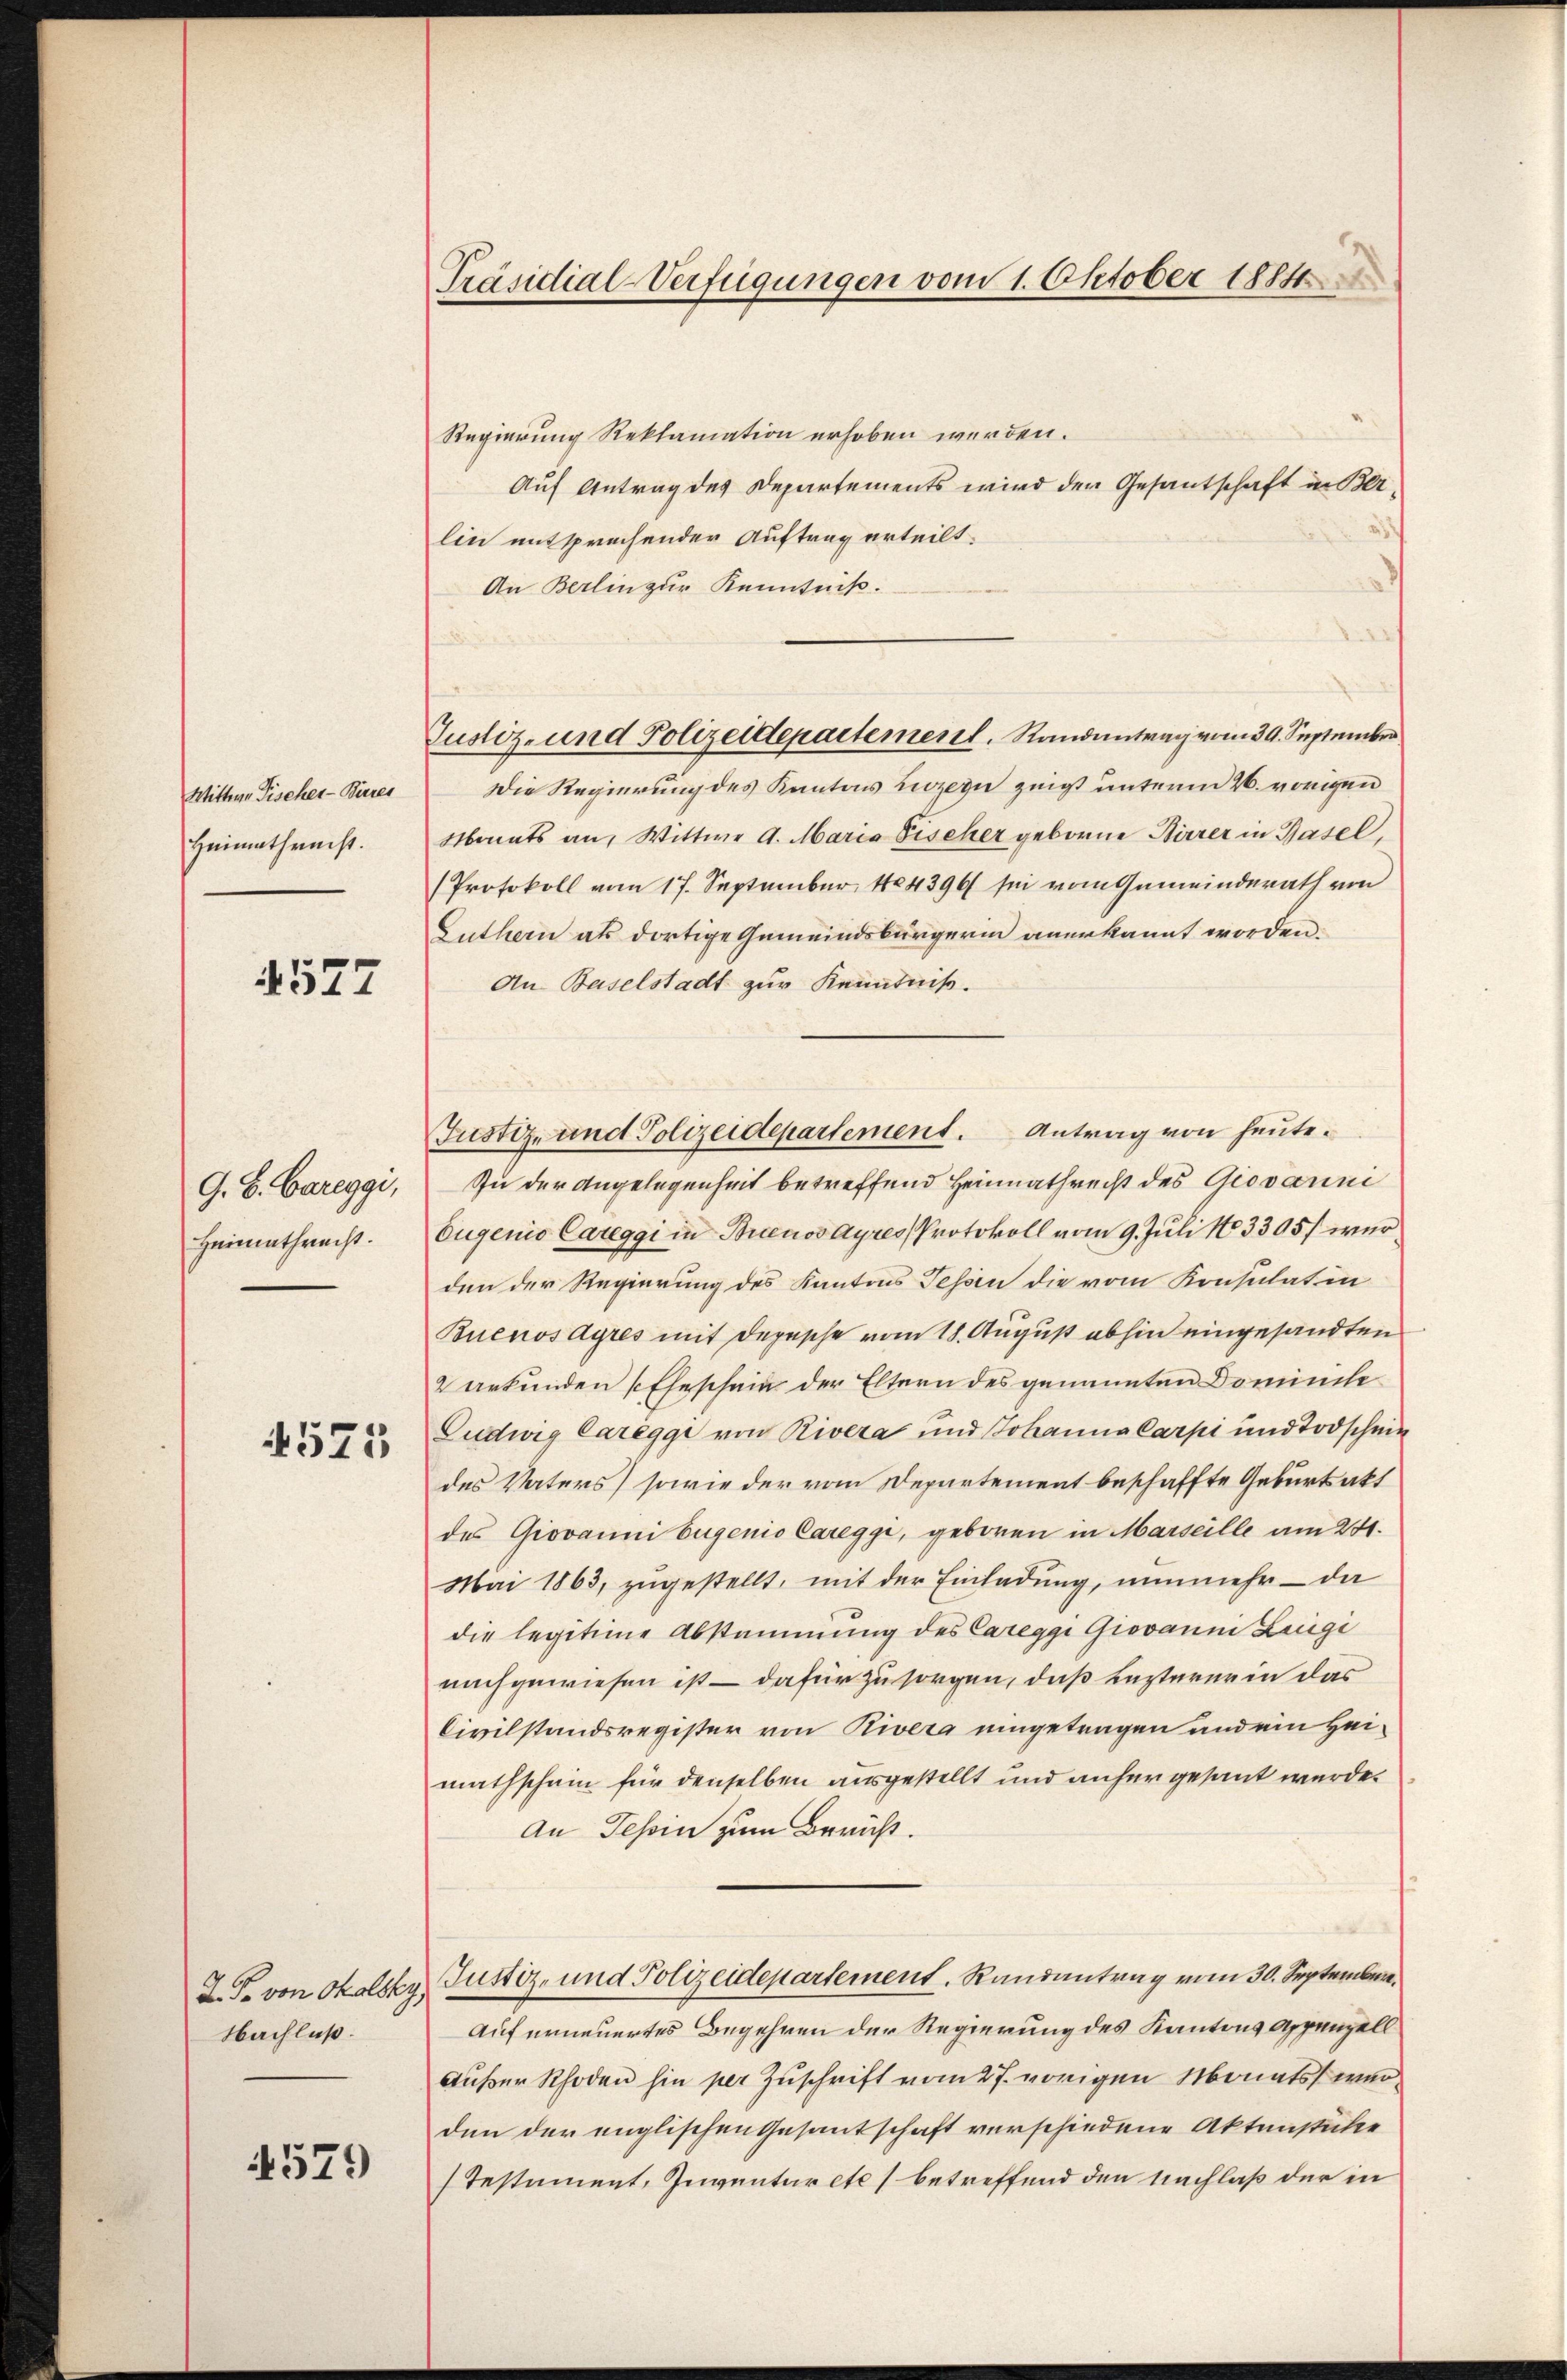
Wittwe Fischer-Bürres
Heimathenst.

4527

G. B. Careggi,
Heimathrecht.

4575

Nachlaß.

4579

Präsidial-Verfügungen vom 1. Oktober 1884

Regierung Reklamation erhoben werden.
Auf Antrag des Departements wird der Gesantschaft in Belin entsprachender Auftrag erteilt.
An Berlin zur Kenntniß.
Die Regierung des Kantons Luzern zeigt unterm 26. vorigen
Monats an, Wittwe A. Maria Fischer geborne Birrer in Basel,
(Protokoll vom 17. September 184396 sei vom Gemeinderath von
Guthern als dortige Gemeindsbürgerin anerkannt worden.
An Baselstadt zur Kenntniß.
Zu der Angelegenheit betreffend Heimathrecht des Giovanni
Eugenio Careggi in Buenos Ayres Protokoll vom 9. Juli 183305) wurden der Regierung des Kantons Tessin die vom Konsulat in
Buenosdyres mit Depesche vom 18. August abhin eingesandten
2 Urkunden (Eheschein der Eltern des genannten Dominike
Ludwig Careggi von Rivera und Johanna Carpi und Todschein
des Vaters) sowie der vom Departement beschaffte Geburtsakt
des Giovanni bugenio Careggi, geboren in Marseille am 241.
Mai 1863, zugestellt, mit der Einladung, nunmehr – da
die legitime Abstammung des Careggi Giovanni Luigi
nachgewiesen ist – dafür zu sorgen, daß Lezterer in das
Civilstandsregister von Rivera eingetragen und ein Heimathschein für denselben ausgestellt und anher gesant wurde.
An Tessin zum Bericht.
2.J. von Skolsky, Justiz- und Polizeidepartement. Randantrag vom 30. September¬
Auf erneuertes Begehren der Regierung des Kantons Appenzell
Außer Rhoden hin per Zuschrift vom 27. vorigen Monats werden der englischen Gesantschaft verschiedene Aktenstücke
Testament, Inventarete (betreffend den Nachlaß der in

Justiz- und Polizeidepartement. Randantrag vom 30. September

Justiz- und Polizeidepartement. Antrag von heute.